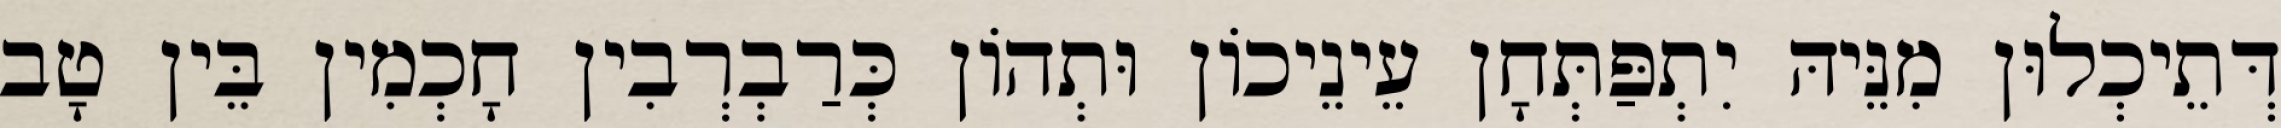
דְּתֵיכְלוּן מִנֵּיהּ יִתְפַּתְּחָן עֵינֵיכוֹן וּתְהוֹן כְּרַבְרְבִין חָכְמִין בֵּין טָב